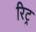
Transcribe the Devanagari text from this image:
रिट्र